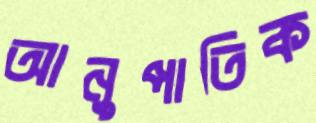
আনুপাতিক